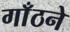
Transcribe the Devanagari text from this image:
गाँठने